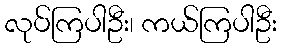
လုပ်ကြပါဦး၊ ကယ်ကြပါဦး